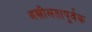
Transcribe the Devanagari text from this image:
अश्लीलतापूर्वक